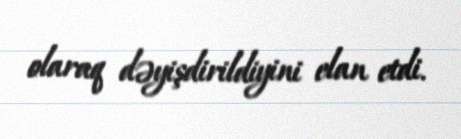
olaraq dəyişdirildiyini elan etdi.